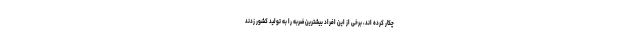
چکار کرده اند، برخی از این افراد بیشترین ضربه را به تولید کشور زدند